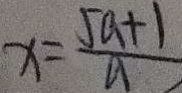
x = \frac { 5 a + 1 } { a }